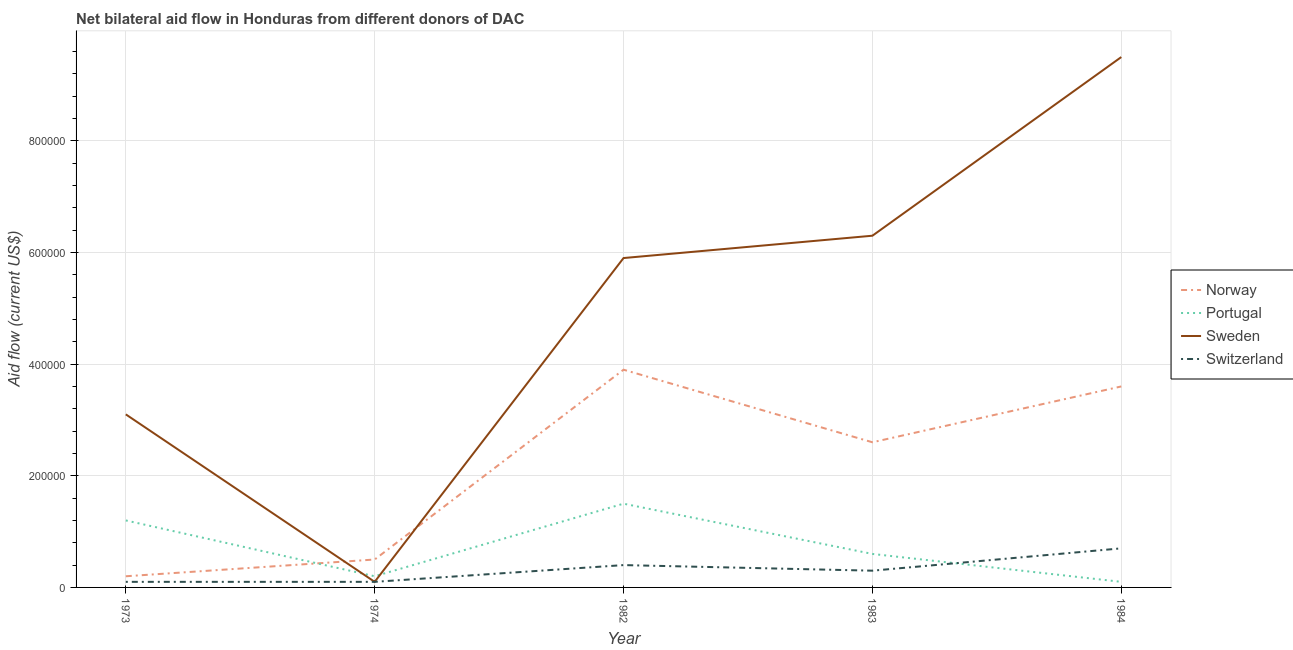
| Year | Norway | Portugal | Sweden | Switzerland |
 | --- | --- | --- | --- | --- |
 | 1973 | 2e+04 | 1.2e+05 | 3.1e+05 | 1e+04 |
 | 1974 | 5e+04 | 2e+04 | 1e+04 | 1e+04 |
 | 1982 | 3.9e+05 | 1.5e+05 | 5.9e+05 | 4e+04 |
 | 1983 | 2.6e+05 | 6e+04 | 6.3e+05 | 3e+04 |
 | 1984 | 3.6e+05 | 1e+04 | 9.5e+05 | 7e+04 |